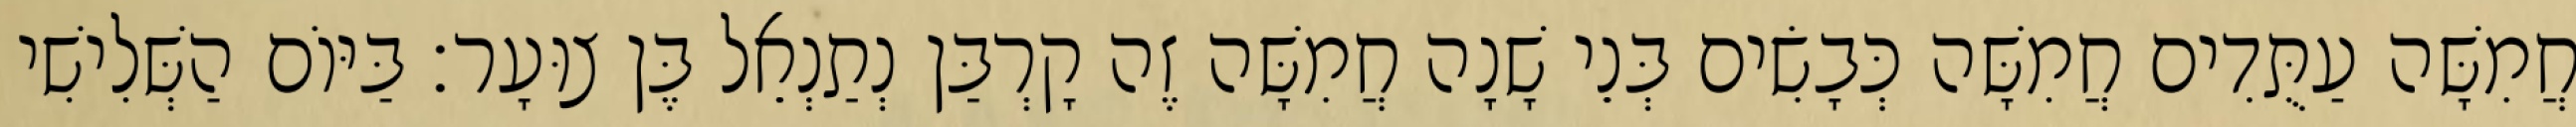
חֲמִשָּׁה עַתֻּדִים חֲמִשָּׁה כְּבָשִׂים בְּנֵי שָׁנָה חֲמִשָּׁה זֶה קָרְבַּן נְתַנְאֵל בֶּן צוּעָר׃ בַּיּוֹם הַשְּׁלִישִׁי